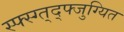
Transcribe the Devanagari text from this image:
स्फ्स्ग्त्द्फ्जुग्यित